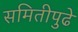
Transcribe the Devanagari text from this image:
समितीपुढे